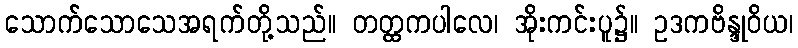
သောက်သောသေအရက်တို့သည်။ တတ္ထကပါလေ၊ အိုးကင်းပူ၌။ ဥဒကဗိန္ဒုဝိယ၊